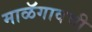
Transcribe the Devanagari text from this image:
माळॅगावची